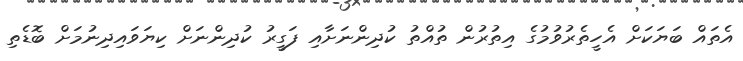
އެތައް ބަޔަކަށް އެހީތެރުވުމުގެ އިތުރުން ތުއްތު ކުދިންނަށާއި ފަގީރު ކުދިންނަށް ކިޔަވައިދިނުމަށް ބޮޑެތި